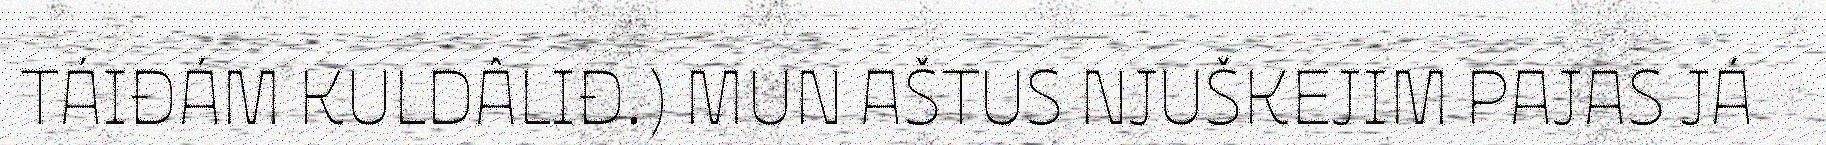
TÁIĐÁM KULDÂLIĐ.) MUN AŠTUS NJUŠKEJIM PAJAS JÁ